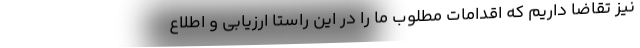
نیز تقاضا داریم که اقدامات مطلوب ما را در این راستا ارزیابی و اطلاع